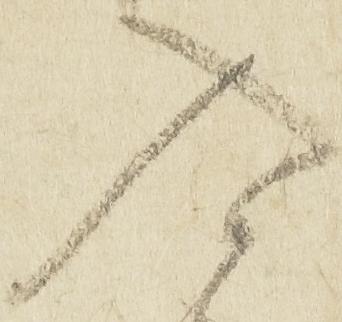
入